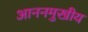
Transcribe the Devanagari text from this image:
आननमुखीय